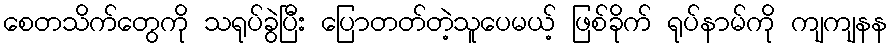
စေတသိက်တွေကို သရုပ်ခွဲပြီး ပြောတတ်တဲ့သူပေမယ့် ဖြစ်ခိုက် ရုပ်နာမ်ကို ကျကျနန